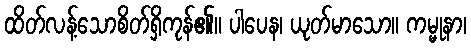
ထိတ်လန့်သောစိတ်ရှိကုန်၏။ ပါပေန၊ ယုတ်မာသော။ ကမ္မုနာ၊